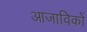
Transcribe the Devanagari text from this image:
आजाविकों